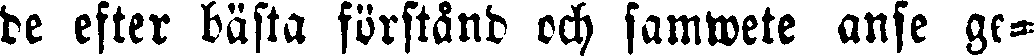
de efter bästa förstånd och samwete anse ge-